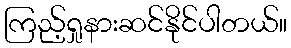
ကြည့်ရှုနားဆင်နိုင်ပါတယ်။